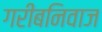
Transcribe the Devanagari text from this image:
गरीबनिवाज